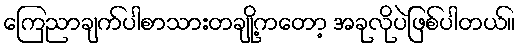
ကြေညာချက်ပါစာသားတချို့ကတော့ အခုလိုပဲဖြစ်ပါတယ်။